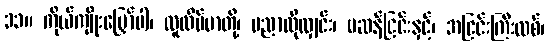
၁၁။ ကိုယ်ကျိုးမြှော်ပါ၊ လူလိမ်မာတို့၊ ပညာလိုလျှင်း၊ မဆန်ငြင်းနှင့်၊ အငြင်းကြီးလစ်၊